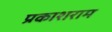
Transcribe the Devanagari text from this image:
प्रकाशराम